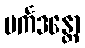
ပင်္ကဒန္တော